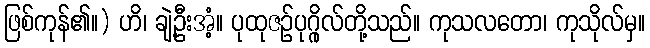
ဖြစ်ကုန်၏။) ဟိ၊ ချဲ့ဦးအံ့။ ပုထုဇဉ်ပုဂ္ဂိုလ်တို့သည်။ ကုသလတော၊ ကုသိုလ်မှ။